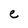
Character: e